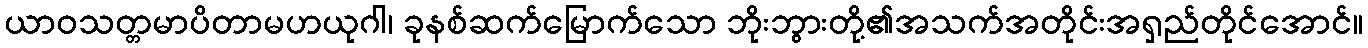
ယာဝသတ္တမာပိတာမဟယုဂါ၊ ခုနစ်ဆက်မြောက်သော ဘိုးဘွားတို့၏အသက်အတိုင်းအရှည်တိုင်အောင်။